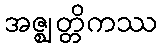
အဇ္ဈတ္တိကဿ